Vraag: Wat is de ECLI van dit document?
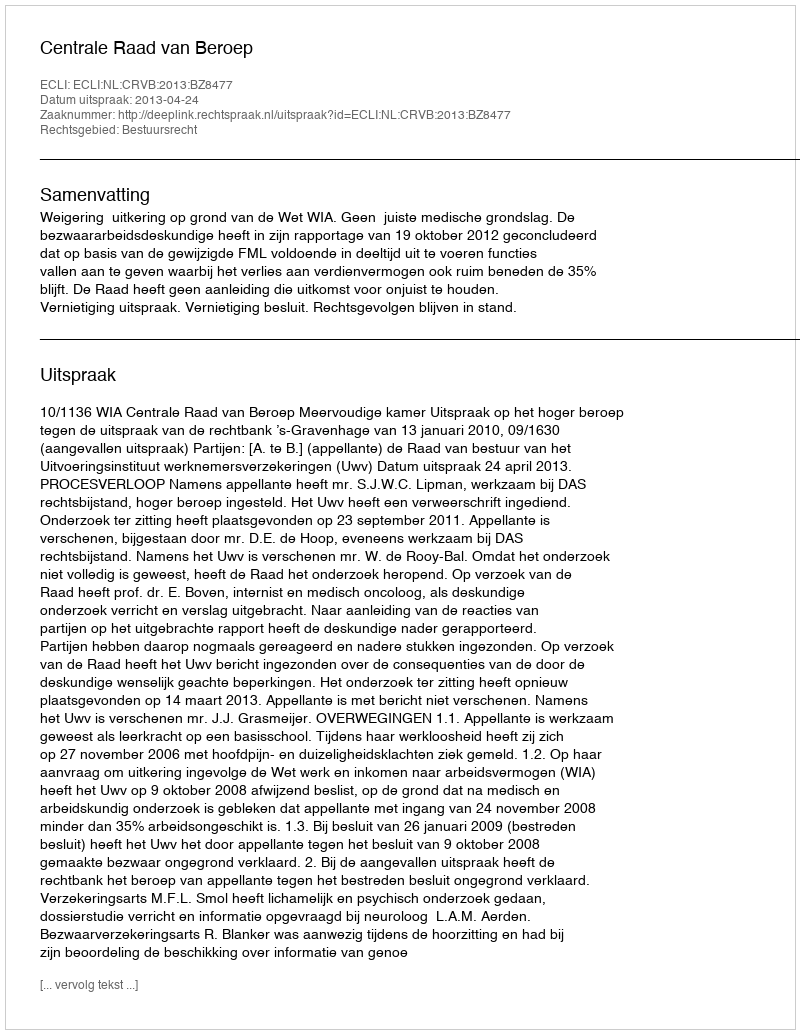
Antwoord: ECLI:NL:CRVB:2013:BZ8477